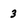
Character: 3